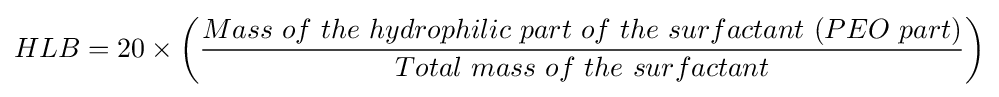
HLB=20\times \left({\frac {Mass\ of\ the\ hydrophilic\ part\ of\ the\ surfactant\ (PEO\ part)}{Total\ mass\ of\ the\ surfactant}}\right)